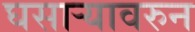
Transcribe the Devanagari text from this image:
घसाऱ्यावरुन